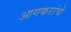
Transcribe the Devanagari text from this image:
आगकरांचे